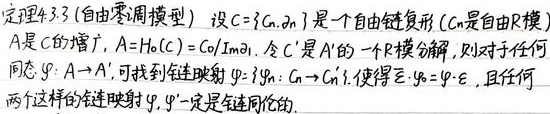
定理4.3 (自由调模型) 设\(C = \{C_n, \partial_n\}\)是一个自由链复形（\(C_n\)是自由\(R\)-模），\(A\)是\(C\)的增广，\(A = H_0(C)=C_0/\text{Im}\partial_1\)。令\(C'\)是\(A'\)的一个\(R\)-模分解，则对于任何同态\(\varphi:A\rightarrow A'\)，可找到链映射\(\psi = \{\psi_n:C_n\rightarrow C_n'\}\)，使得\(\widetilde{\varepsilon}\circ\psi=\varphi\circ\varepsilon\)，且任何两个这样的链映射\(\psi,\psi'\)一定是链同伦的。